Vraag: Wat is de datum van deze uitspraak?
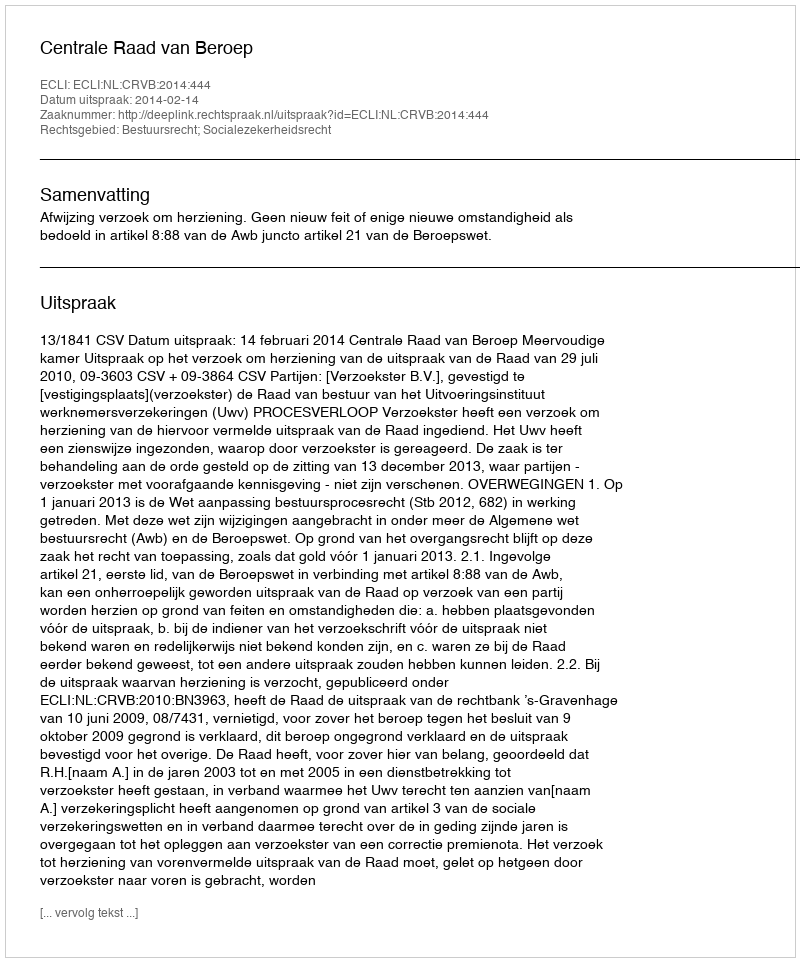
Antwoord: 2014-02-14